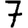
Digit: 7